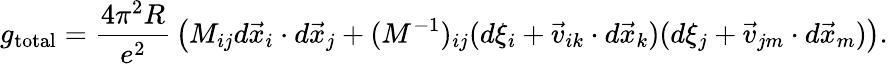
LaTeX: g_{\mathrm{total}}=\frac{4\pi^{2}R}{e^{2}}\, \left(M_{ij}d\vec{x}_{i}\cdot d\vec{x}_{j}+(M^{-1})_{ij}(d\xi_{i}+\vec{v}_{ik}\cdot d\vec{x}_{k})(d\xi_{j}+\vec{v}_{jm}\cdot d\vec{x}_{m})\right).